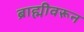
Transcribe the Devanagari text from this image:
ब्राह्मीवरून